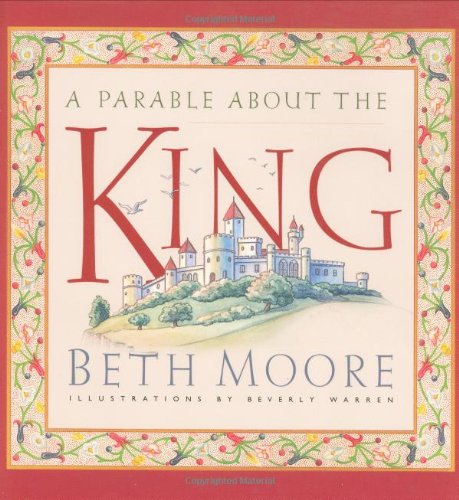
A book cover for A Parable about the King; Beth Moore; Parenting & Relationships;